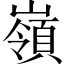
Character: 嶺